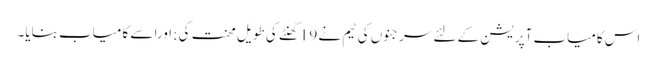
اس کامیاب آپریشن کے لئے سرجنوں کی ٹیم نے 19گھنٹے کی طویل محنت کی ;اورا سے کامیاب بنایا۔